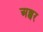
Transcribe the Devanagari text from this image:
अब्बर